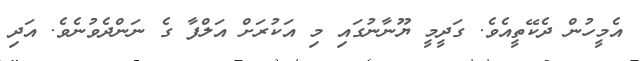
އެމީހުން ދެކޭތީއެވެ. ގަދީމީ ޔޫނާނުގައި މި އަކުރަށް އަލްފާ ގެ ނަންދެވުނެވެ. އަދި